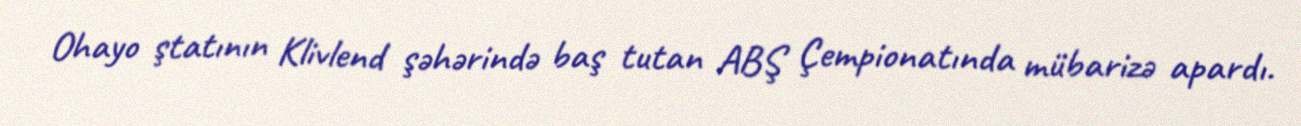
Ohayo ştatının Klivlend şəhərində baş tutan ABŞ Çempionatında mübarizə apardı.